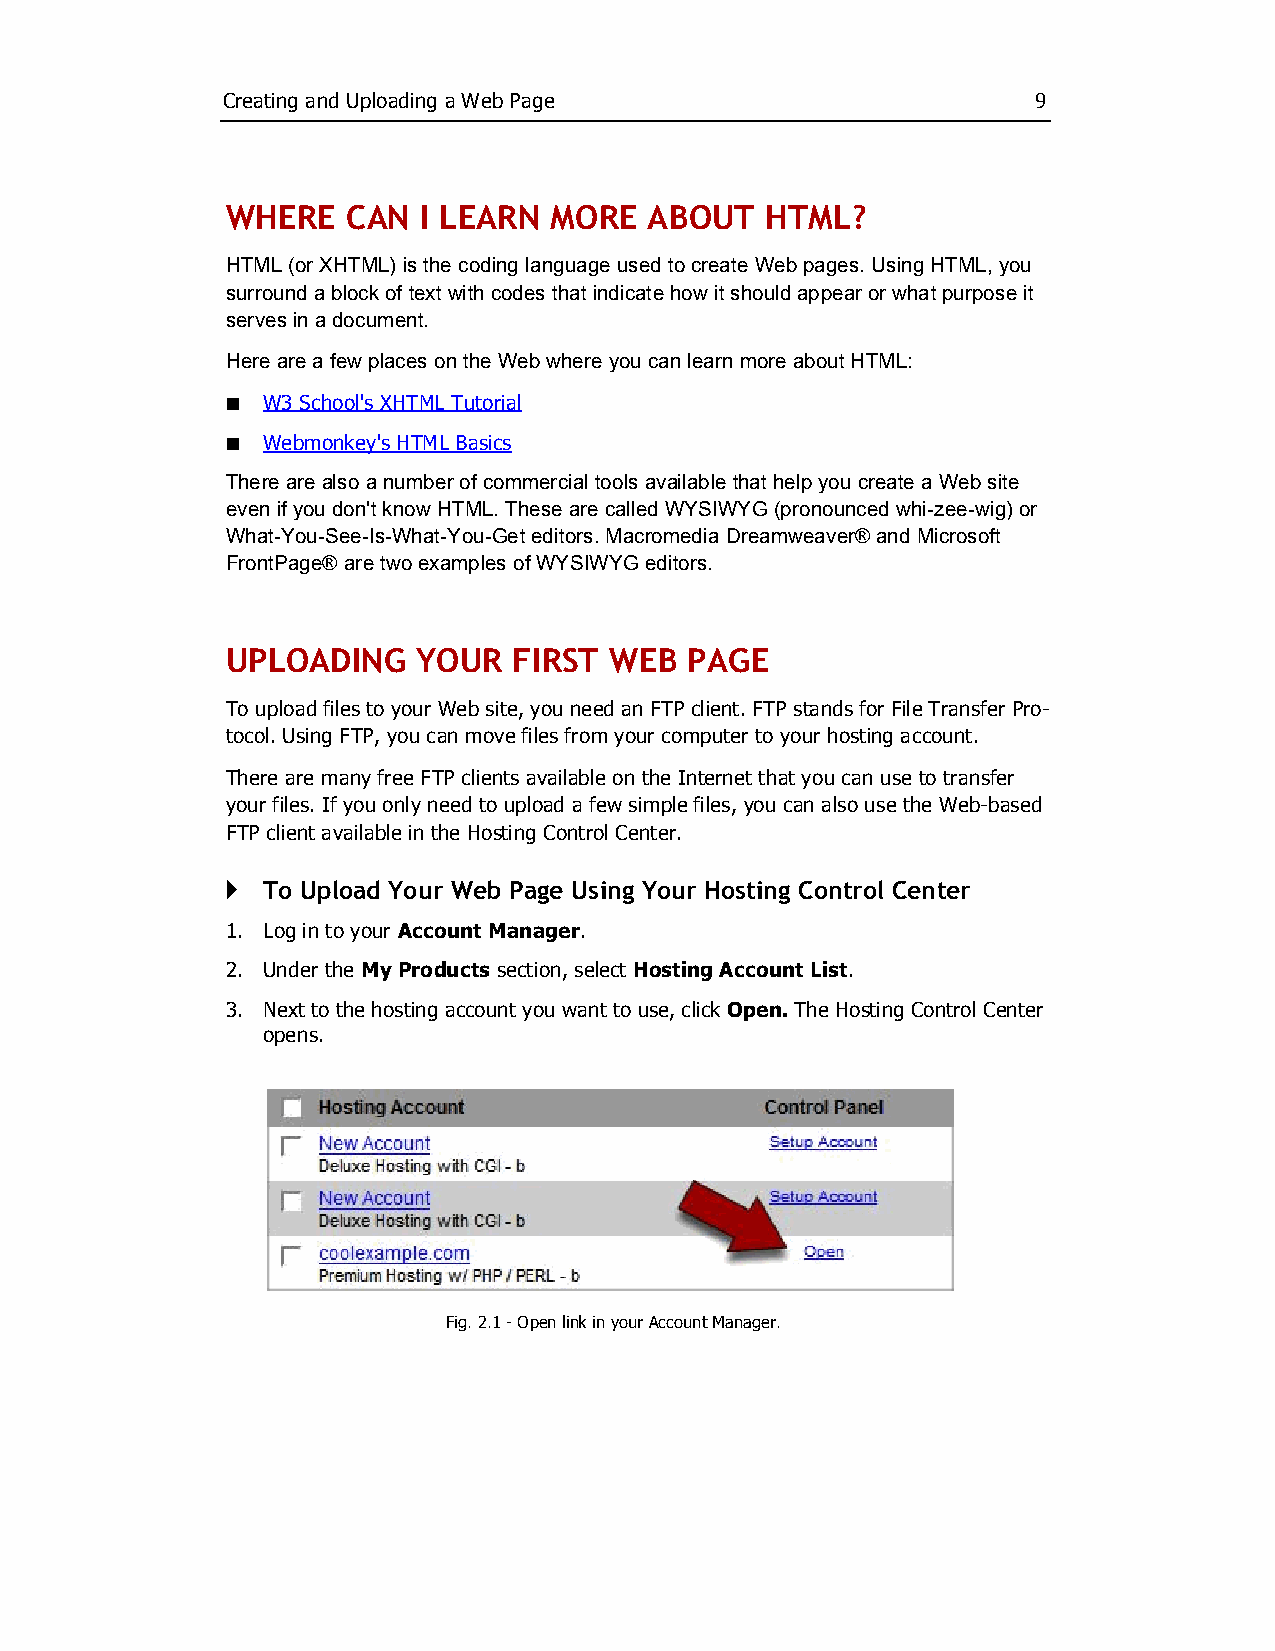
Creating and Uploading a Web Page                    9
 WHERE   CAN  I LEARN MORE   ABOUT   HTML?
 HTML (or XHTML) is the coding language used to create Web pages. Using HTML, you
 surround a block of text with codes that indicate how it should appear or what purpose it
 serves in a document.
 Here are a few places on the Web where you can learn more about HTML:
 ¢ W3 School's XHTML Tutorial
 ¢ Webmonkey's HTML Basics
 There are also a number of commercial tools available that help you create a Web site
 even if you don't know HTML. These are called WYSIWYG (pronounced whi­zee­wig) or
 What­You­See­Is­What­You­Get editors. Macromedia Dreamweaver® and Microsoft
 FrontPage® are two examples of WYSIWYG editors.
 UPLOADING    YOUR  FIRST WEB   PAGE
 To upload files to your Web site, you need an FTP client. FTP stands for File Transfer Pro­
 tocol. Using FTP, you can move files from your computer to your hosting account.
 There are many free FTP clients available on the Internet that you can use to transfer
 your files. If you only need to upload a few simple files, you can also use the Web­based
 FTP client available in the Hosting Control Center.
 } To Upload Your Web Page Using Your Hosting Control Center
 1. Log in to your Account Manager.
 2. Under the My Products section, select Hosting Account List.
 3. Next to the hosting account you want to use, click Open. The Hosting Control Center
 opens.
 Fig. 2.1 ­ Open link in your Account Manager.